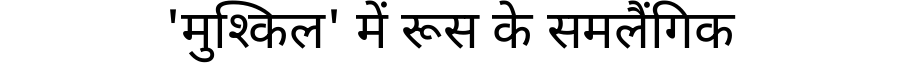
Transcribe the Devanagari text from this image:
'मुश्किल' में रूस के समलैंगिक